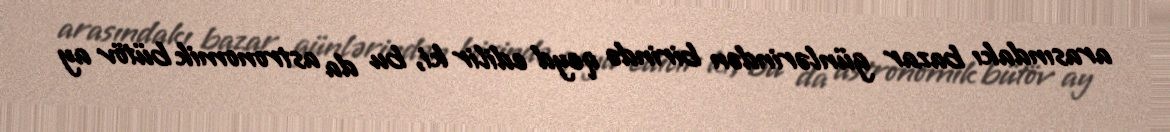
arasındakı bazar günlərindən birində qeyd edilir ki, bu da astronomik bütöv ay